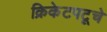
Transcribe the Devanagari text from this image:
क्रिकेटपटूचे